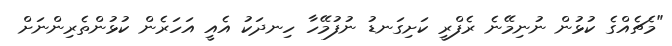
"މެޗެއްގެ ކުޅުން ނުނިމޭނެ ރެފްރީ ކަށިގަނޑު ނުފުމޭހާ ހިނދަކު އެއީ އަހަރެން ކުޅުންތެރިންނަށް